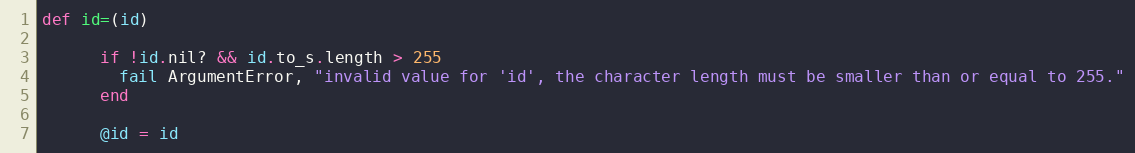
Language: Ruby
def id=(id)

      if !id.nil? && id.to_s.length > 255
        fail ArgumentError, "invalid value for 'id', the character length must be smaller than or equal to 255."
      end

      @id = id